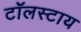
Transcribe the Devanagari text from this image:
टॉलस्टाय